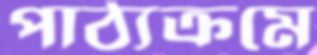
পাঠ্যক্রমে